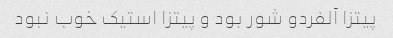
پیتزا آلفردو شور بود و پیتزا استیک خوب نبود